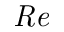
\mathit { R e }